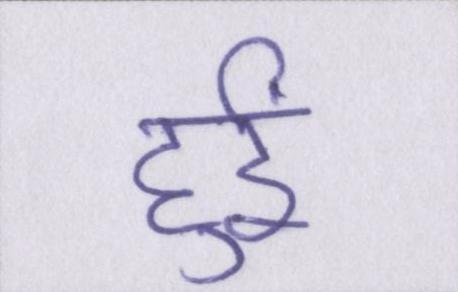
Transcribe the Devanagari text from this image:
हुईं